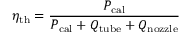
\eta _ { \mathrm { t h } } = \frac { P _ { \mathrm { c a l } } } { P _ { \mathrm { c a l } } + Q _ { \mathrm { t u b e } } + Q _ { \mathrm { n o z z l e } } }